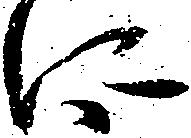
に